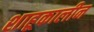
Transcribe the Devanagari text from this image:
शाहूकालीन